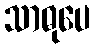
သာဓုပေ